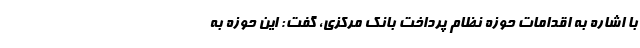
با اشاره به اقدامات حوزه نظام پرداخت بانک مرکزی، گفت: این حوزه به